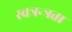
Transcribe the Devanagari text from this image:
स्वत्रन्त्रता